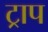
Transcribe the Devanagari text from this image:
ट्राप